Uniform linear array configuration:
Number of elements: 4
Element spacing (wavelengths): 0.5
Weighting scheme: blackman
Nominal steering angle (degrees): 0
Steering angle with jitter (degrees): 1.309
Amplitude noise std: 0.05
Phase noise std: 0.05

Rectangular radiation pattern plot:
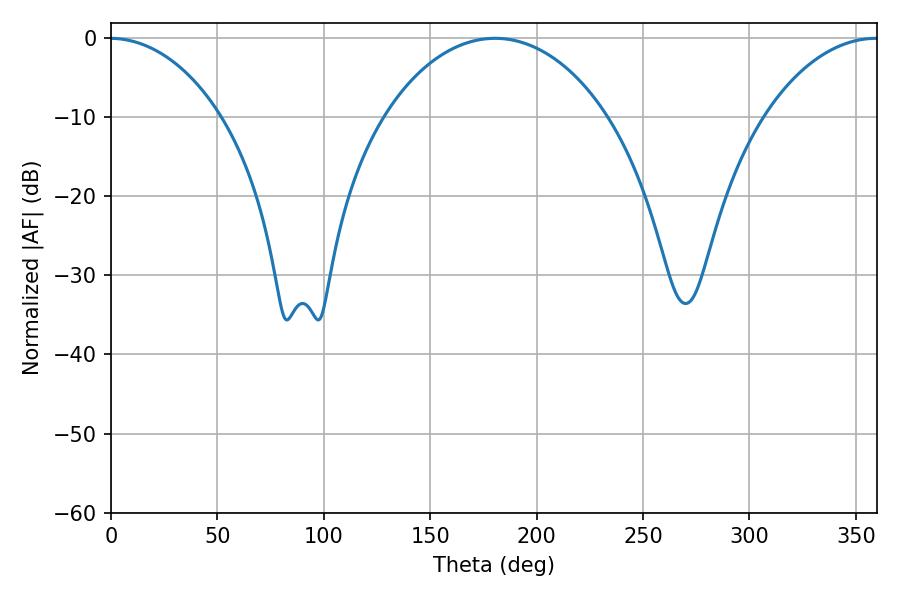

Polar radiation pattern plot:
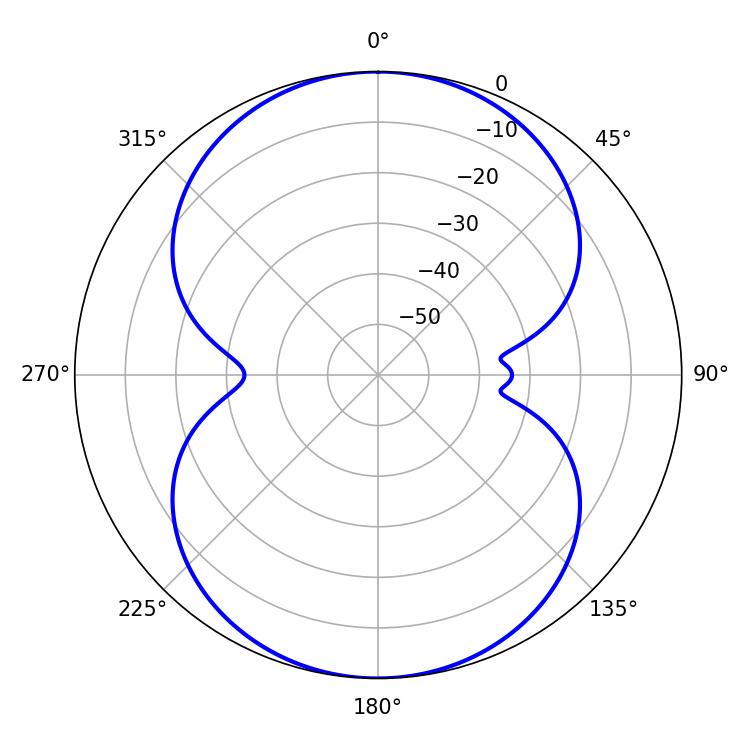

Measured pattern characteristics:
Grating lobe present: FALSE
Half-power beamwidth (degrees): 59.76
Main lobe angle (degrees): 180.54